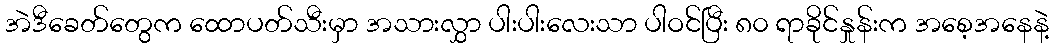
အဲဒီခေတ်တွေက ထောပတ်သီးမှာ အသားလွှာ ပါးပါးလေးသာ ပါဝင်ပြီး ၈၀ ရာခိုင်နှုန်းက အစေ့အနေနဲ့